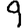
Digit: 9